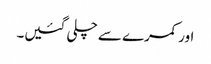
اور کمرے سے چلی گئیں۔